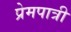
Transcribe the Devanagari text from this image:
प्रेमपात्री